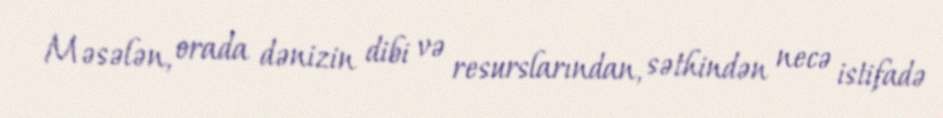
Məsələn, orada dənizin dibi və resurslarından, səthindən necə istifadə